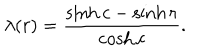
LaTeX: \lambda ( r ) = \frac { \sinh c - \sinh r } { \cosh c } .